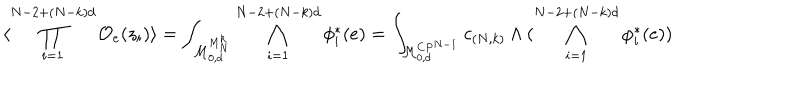
\langle \prod _ { i = 1 } ^ { N - 2 + ( N - k ) d } { \cal O } _ { e } ( z _ { i } ) \rangle = \int _ { { \cal M } _ { 0 , d } ^ { M _ { N } ^ { k } } } \bigwedge _ { i = 1 } ^ { N - 2 + ( N - k ) d } \phi _ { i } ^ { * } ( e ) = \int _ { { \cal M } _ { 0 , d } ^ { C P ^ { N - 1 } } } c _ { ( N , k ) } \wedge ( \bigwedge _ { i = 1 } ^ { N - 2 + ( N - k ) d } \varphi _ { i } ^ { * } ( e ) )